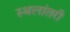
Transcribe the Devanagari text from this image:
स्थलांतरी